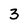
Character: 3